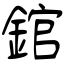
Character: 錧